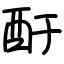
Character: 酑